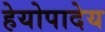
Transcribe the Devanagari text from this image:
हेयोपादेय